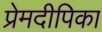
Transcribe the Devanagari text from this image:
प्रेमदीपिका